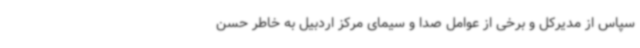
سپاس از مدیرکل و برخی از عوامل صدا و سیمای مرکز اردبیل به خاطر حسن